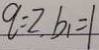
q = 2 , b _ { 1 } = 1